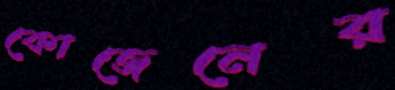
কোজেনের